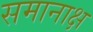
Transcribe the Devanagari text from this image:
समानाक्ष